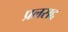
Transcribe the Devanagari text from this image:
प्रलसद्द